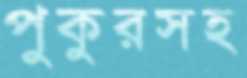
পুকুরসহ